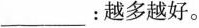
___：越多越好。